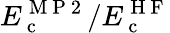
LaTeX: E_{\mathrm{~c~}}^{\mathrm{~M~P~2~}}/E_{\mathrm{~c~}}^{\mathrm{~H~F~}}